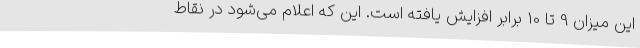
این میزان 9 تا 10 برابر افزایش یافته است. این که اعلام می‌شود در نقاط